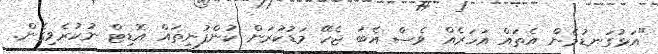
"އަޅުގަނޑުމެން އެތައް އަހަރެއް ވެސް އެބަ ޖެހޭ މަޑުކުރަން ކުންފުނިތައް އޮޑިޓް ނުކުރެވިގެން.